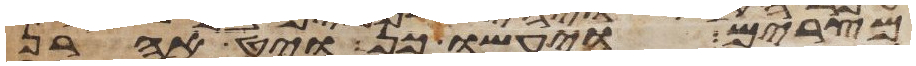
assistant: מצרים ויעשו כן ויט אהרן